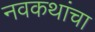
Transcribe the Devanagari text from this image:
नवकथांचा